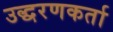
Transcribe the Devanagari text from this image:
उद्धरणकर्ता